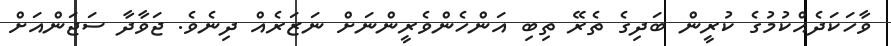
ވާހަކަދެއްކުމުގެ ކުރީން ބަދިގެ ތެރޭ ތިބި އަންހެންވެރީންނަށް ނަޒަރެއް ދިނެވެ. ޖަވާދާ ސަޖަންއަށް